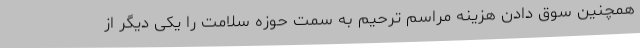
همچنین سوق دادن هزینه مراسم ترحیم به سمت حوزه سلامت را یکی دیگر از